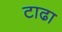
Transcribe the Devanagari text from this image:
टाढा